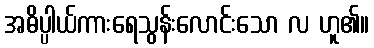
အဓိပ္ပါယ်ကားရေသွန်းလောင်းသော လ ဟူ၏။